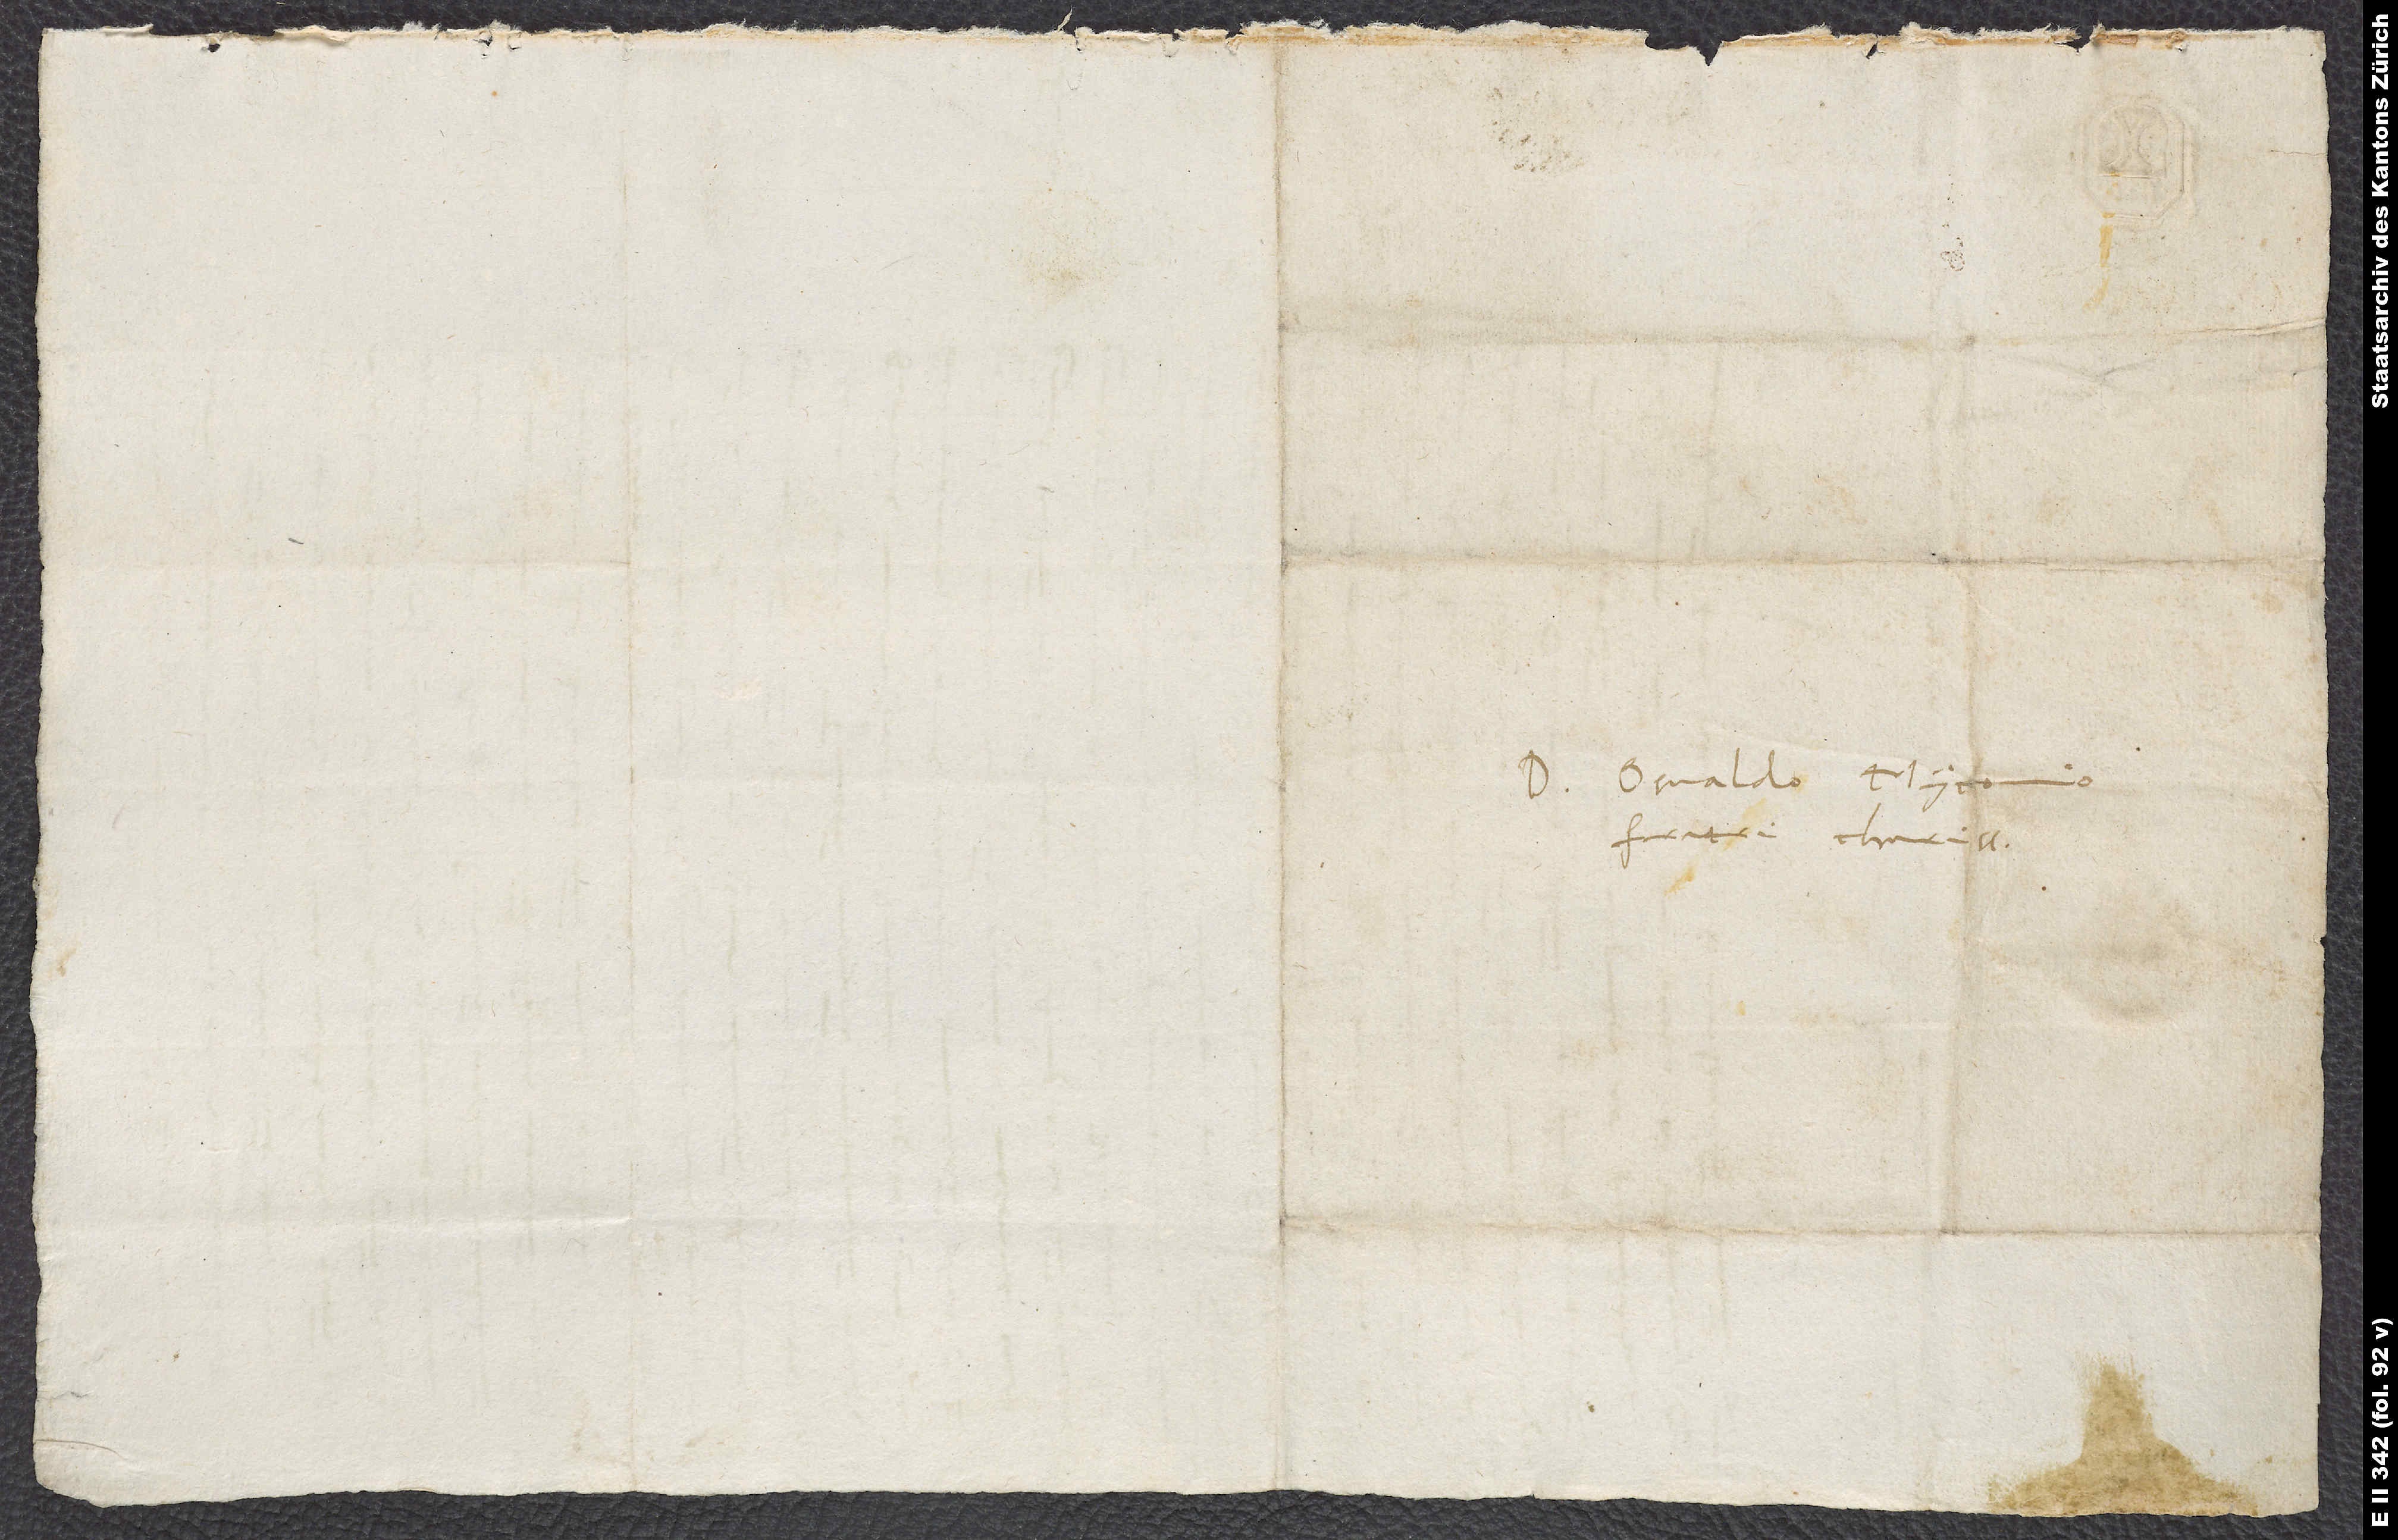
Domino Osvaldo Myconio,
fratri charissimo.